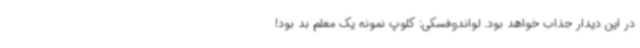
در این دیدار جذاب خواهد بود. لواندوفسکی: کلوپ نمونه یک معلم بد بود!